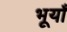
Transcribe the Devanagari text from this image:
भूयाँ